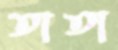
তাতা